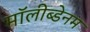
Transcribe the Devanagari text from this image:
मॉलीब्डेनम